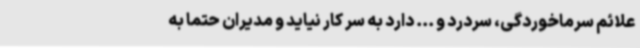
علائم سرماخوردگی، سردرد و ... دارد به سر کار نیاید و مدیران حتما به